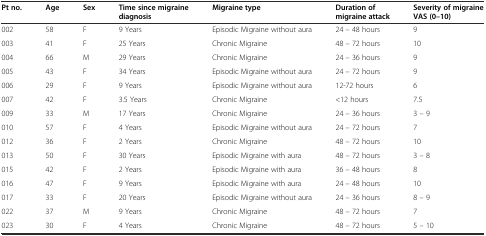
<table><thead><tr><td><b>Pt no.</b></td><td><b>Age</b></td><td><b>Sex</b></td><td><b>Time since migraine diagnosis</b></td><td><b>Migraine type</b></td><td><b>Duration of migraine attack</b></td><td><b>Severity of migraine VAS (0–10)</b></td></tr></thead><tbody><tr><td>002</td><td>58</td><td>F</td><td>9 Years</td><td>Episodic Migraine without aura</td><td>24 – 48 hours</td><td>9</td></tr><tr><td>003</td><td>41</td><td>F</td><td>25 Years</td><td>Chronic Migraine</td><td>48 – 72 hours</td><td>10</td></tr><tr><td>004</td><td>66</td><td>M</td><td>29 Years</td><td>Chronic Migraine</td><td>24 – 36 hours</td><td>9</td></tr><tr><td>005</td><td>43</td><td>F</td><td>34 Years</td><td>Episodic Migraine without aura</td><td>24 – 72 hours</td><td>9</td></tr><tr><td>006</td><td>29</td><td>F</td><td>9 Years</td><td>Episodic Migraine without aura</td><td>12-72 hours</td><td>6</td></tr><tr><td>007</td><td>42</td><td>F</td><td>3.5 Years</td><td>Chronic Migraine</td><td>&lt;12 hours</td><td>7.5</td></tr><tr><td>009</td><td>33</td><td>M</td><td>17 Years</td><td>Chronic Migraine</td><td>24 – 36 hours</td><td>3 – 9</td></tr><tr><td>010</td><td>57</td><td>F</td><td>4 Years</td><td>Episodic Migraine without aura</td><td>24 – 72 hours</td><td>7</td></tr><tr><td>012</td><td>36</td><td>F</td><td>2 Years</td><td>Chronic Migraine</td><td>48 – 72 hours</td><td>10</td></tr><tr><td>013</td><td>50</td><td>F</td><td>30 Years</td><td>Episodic Migraine with aura</td><td>48 – 72 hours</td><td>3 – 8</td></tr><tr><td>015</td><td>42</td><td>F</td><td>2 Years</td><td>Episodic Migraine with aura</td><td>36 – 48 hours</td><td>8</td></tr><tr><td>016</td><td>47</td><td>F</td><td>9 Years</td><td>Episodic Migraine with aura</td><td>24 – 48 hours</td><td>10</td></tr><tr><td>017</td><td>33</td><td>F</td><td>20 Years</td><td>Episodic Migraine without aura</td><td>24 – 36 hours</td><td>8 – 9</td></tr><tr><td>022</td><td>37</td><td>M</td><td>9 Years</td><td>Chronic Migraine</td><td>48 – 72 hours</td><td>7</td></tr><tr><td>023</td><td>30</td><td>F</td><td>4 Years</td><td>Chronic Migraine</td><td>48 – 72 hours</td><td>5 – 10</td></tr></tbody></table>